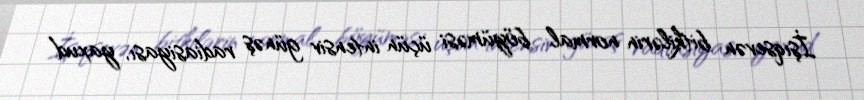
İşıqsevən bitkilərin normal böyüməsi üçün intensiv günəş radiasiyası, yaxud